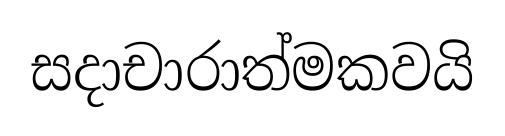
සදාචාරාත්මකවයි